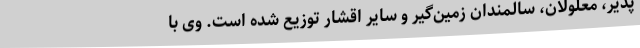
پذیر، معلولان، سالمندان زمین‌گیر و سایر اقشار توزیع شده است. وی با